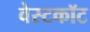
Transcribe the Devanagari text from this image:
वेस्टकॉट